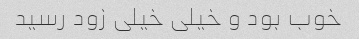
خوب بود و خیلی خیلی زود رسید